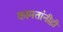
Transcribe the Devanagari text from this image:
कामतांनीही